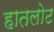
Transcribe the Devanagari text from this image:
हातलोट